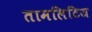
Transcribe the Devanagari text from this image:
तामलिटिज